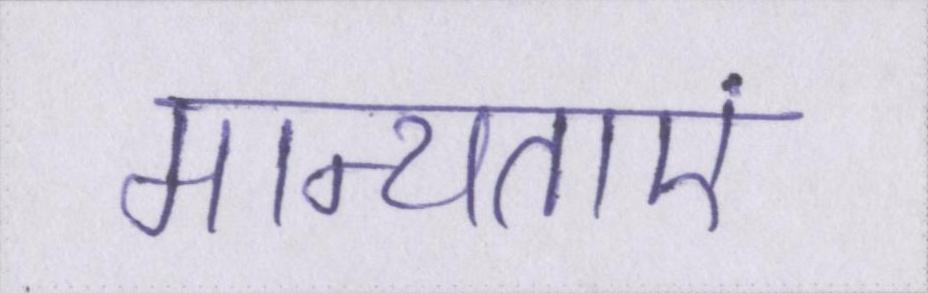
मान्यताएं